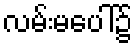
လမ်းမပေါ်၌